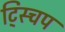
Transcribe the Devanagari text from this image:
ट्स्चिप